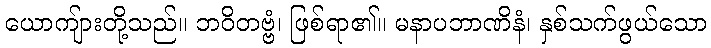
ယောကျ်ားတို့သည်။ ဘဝိတဗ္ဗံ၊ ဖြစ်ရာ၏။ မနာပဘာဏိနံ၊ နှစ်သက်ဖွယ်သော